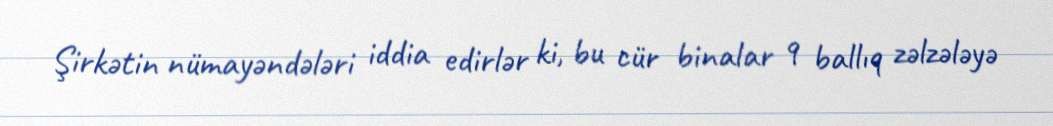
Şirkətin nümayəndələri iddia edirlər ki, bu cür binalar 9 ballıq zəlzələyə